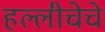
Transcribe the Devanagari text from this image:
हल्लीचेचे